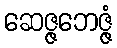
ဆေဇ္ဇဘေဇ္ဇံ